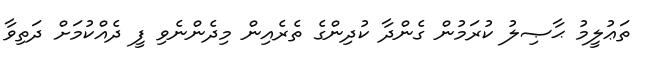
ތަޢުލީމު ޙާޞިލު ކުރަމުން ގެންދާ ކުދިންގެ ތެރެއިން މިދެންނެވި ފީ ދެއްކުމަށް ދަތިވާ